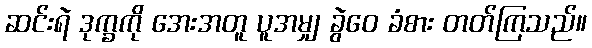
ဆင်းရဲ ဒုက္ခကို အေးအတူ ပူအမျှ ခွဲဝေ ခံစား တတ်ကြသည်။